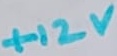
Text: +12V